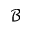
\mathcal { B }